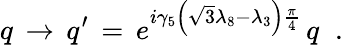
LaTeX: q\, \rightarrow\, q^{\prime}\, =\, e^{i\gamma_{5}\left(\sqrt{3}\lambda_{8}-\lambda_{3}\right)\frac{\pi}{4}}\, q\; \; .